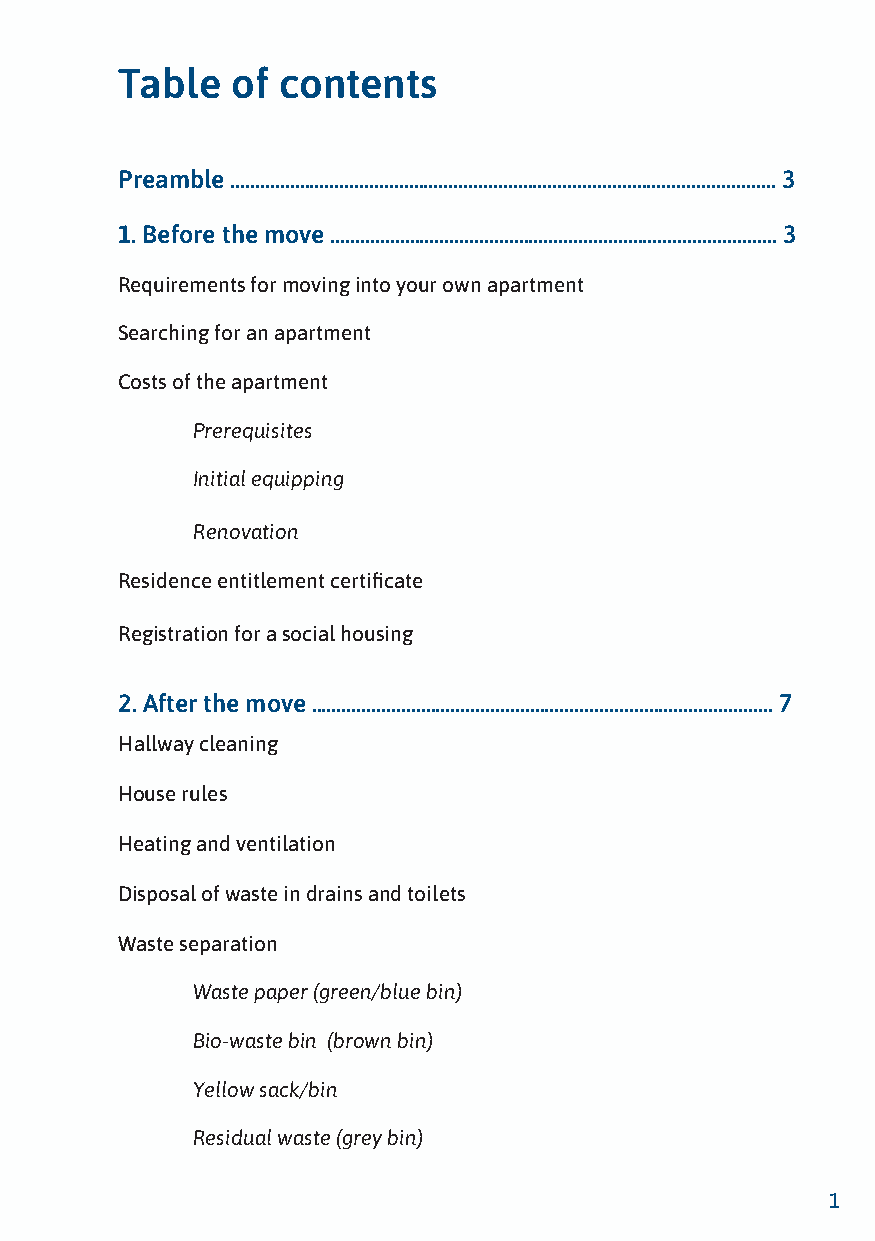
Table  of contents
 Preamble .............................................................................................................. 3
 1. Before the move .......................................................................................... 3
 Requirements for moving into your own apartment
 Searching for an apartment
 Costs of the apartment
 Prerequisites
 Initial equipping
 Renovation
 Residence entitlement certificate
 Registration for a social housing
 2. After the move ............................................................................................. 7
 Hallway cleaning
 House rules
 Heating and ventilation
 Disposal of waste in drains and toilets
 Waste separation
 Waste paper (green/blue bin)
 Bio-waste bin (brown bin)
 Yellow sack/bin
 Residual waste (grey bin)
 1